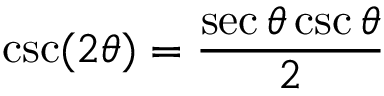
\csc ( 2 \theta ) = { \frac { \sec \theta \csc \theta } { 2 } }